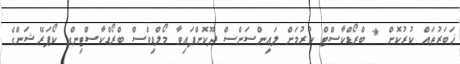
ޚަބަރުތައް ކުރުކޮށް * ބްރޯޑްކާސްޓް ކުރުމަށް ލައިންސަންސް ދޫކޮށްފައިވާ މޯލްޑިވްސް ބްރޯޑްކާސްޓިންގ ކޯޕަރޭޝަންގެ